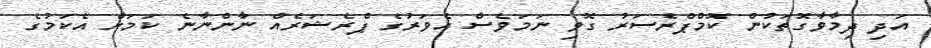
އަދި ދިމާވާގޮތަކުން ކޮމްޕްރެސަރު ގޮވި ނަމަވެސް އެވަރުގެ ޕްރެޝަރެއް ނާންނާނެ ކަމަށް އެކަމުގެ